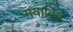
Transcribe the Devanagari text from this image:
मयादित